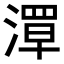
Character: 𬈪